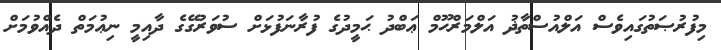
މިފުރުޞަތުގައިވެސް އަލްއުސްތާޛު އަލްމަރްޙޫމް ޢަބްދު ޙަމީދުގެ ފުރާނަފުޅަށް ސުވަރުގޭގެ ދާއިމީ ނިޢުމަތް ދެއްވުމަށް